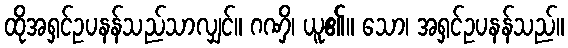
ထိုအရှင်ဥပနန်သည်သာလျှင်။ ဂဏှိ၊ ယူ၏။ သော၊ အရှင်ဥပနန်သည်။